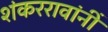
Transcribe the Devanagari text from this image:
शंकररावांनीं